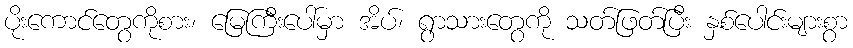
ပိုးကောင်တွေကိုစား၊ မြေကြီးပေါ်မှာ အိပ်၊ ရွာသားတွေကို သတ်ဖြတ်ပြီး နှစ်ပေါင်းများစွာ